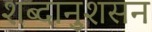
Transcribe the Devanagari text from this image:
शब्दानुशसन